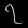
Digit: ၇